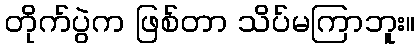
တိုက်ပွဲက ဖြစ်တာ သိပ်မကြာဘူး။